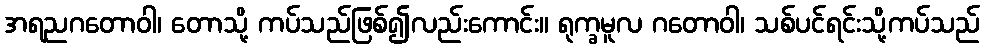
အရညဂတောဝါ၊ တောသို့ ကပ်သည်ဖြစ်၍လည်းကောင်း။ ရုက္ခမူလ ဂတောဝါ၊ သစ်ပင်ရင်းသို့ကပ်သည်